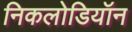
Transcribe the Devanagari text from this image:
निकलोडियॉन